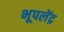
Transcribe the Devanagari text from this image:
भूपलेंद्र